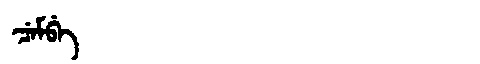
Manchu: ᠴᡝᠮᠪᡝ
Romanization: CEMBE